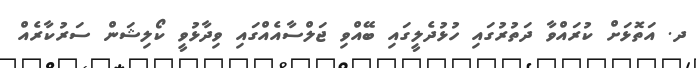
ދ. އަތޮޅަަށް ކުރައްވާ ދަތުރުގައި ހުޅުދެލީގައި ބޭއްވި ޖަލްސާއެއްގައި ވިދާޅުވީ ކޯލިޝަން ސަރުކާރެއް